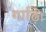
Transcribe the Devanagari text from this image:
गाढ़ि।